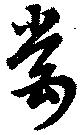
甞